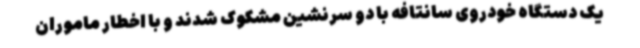
یک دستگاه خودروی سانتافه با دو سرنشین مشکوک شدند و با اخطار ماموران